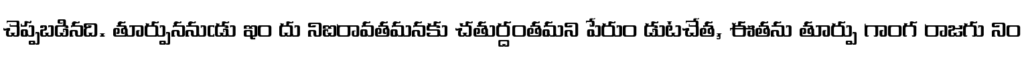
చెప్పబడినది. తూర్పుననుఁడు ఇం దు నిఐరావతమనకు చతుర్దంతమని పేరుం డుటచేత, ఈతను తూర్పు గాంగ రాజగు నిం